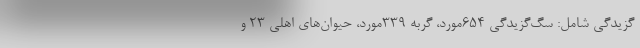
گزیدگی شامل: سگ‌گزیدگی ۶۵۴مورد، گربه ۳۳۹مورد، حیوان‌های اهلی ۲۳ و